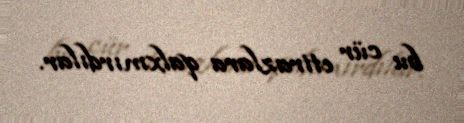
bu cür etirazlara qalxmırdılar.